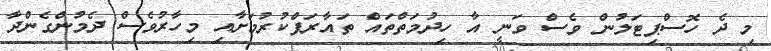
މި ދެ ހޮސްޕިޓަލުން ވެސް ވަނީ އާ ހިދުމަތްތައް ތައާރަފްކުރުމަށާއި މިހާރުވެސް ދެމުންގެންދާ